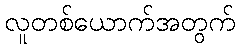
လူတစ်ယောက်အတွက်